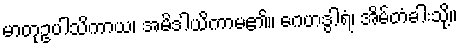
မာတုဥပါသိကာယ၊ အမိဒါယိကာမ၏။ ဂေဟဒွါရံ၊ အိမ်တံခါးသို့။